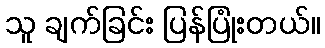
သူ ချက်ခြင်း ပြန်ပြုံးတယ်။